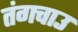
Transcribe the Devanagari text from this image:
तंगचाउ